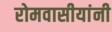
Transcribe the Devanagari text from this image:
रोमवासीयांनी